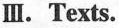
Ⅲ.Texts.